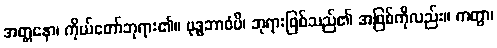
အတ္တနော၊ ကိုယ်တော်ဘုရား၏။ ဗုဒ္ဓဘာဝံပိ၊ ဘုရားဖြစ်သည်၏ အဖြစ်ကိုလည်း။ ကတွာ၊